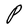
Character: P